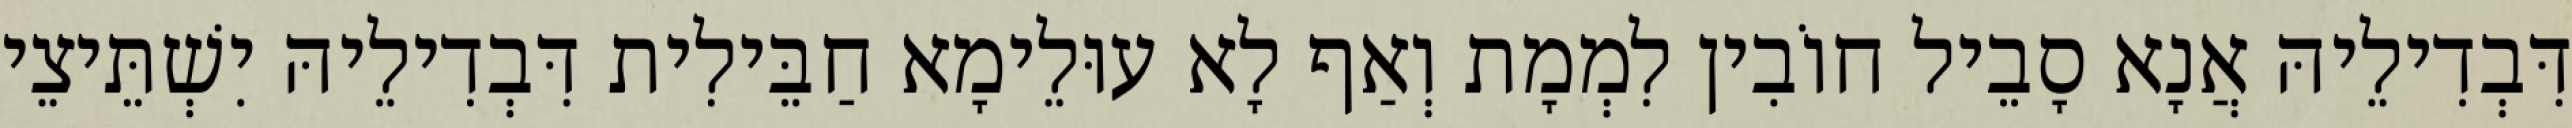
דִּבְדִילֵיהּ אֲנָא סָבֵיל חוֹבִין לִמְמָת וְאַף לָא עוּלֵימָא חַבֵּילִית דִּבְדִילֵיהּ יִשְׁתֵּיצֵי